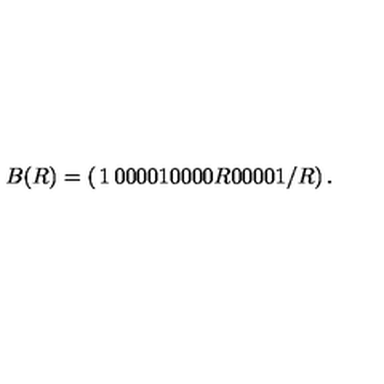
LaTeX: B ( R ) = \left( \begin{matrix} { 1 } & { 0 } & { 0 } & { 0 } \\ { 0 } & { 1 } & { 0 } & { 0 } \\ { 0 } & { 0 } & { R } & { 0 } \\ { 0 } & { 0 } & { 0 } & { 1 / R } \\ \end{matrix} \right) .